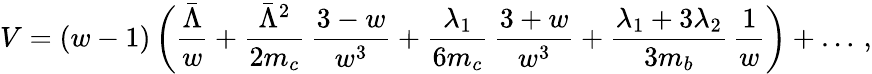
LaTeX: V=(w-1)\, \bigg({\frac{\bar{\Lambda}}{w}}+{\frac{\bar{\Lambda}^{2}}{2m_{c}}}\, {\frac{3-w}{w^{3}}}+{\frac{\lambda_{1}}{6m_{c}}}\, {\frac{3+w}{w^{3}}}+{\frac{\lambda_{1}+3\lambda_{2}}{3m_{b}}}\, {\frac{1}{w}}\bigg)+\ldots\, ,